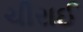
ચીરાઈ